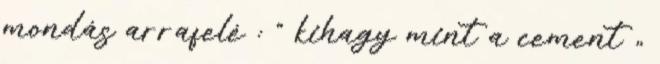
mondás arrafelé : " kihagy mint a cement „